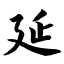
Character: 延